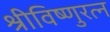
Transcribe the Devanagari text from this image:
श्रीविष्णुरत्न